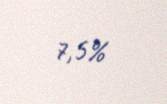
7,5%